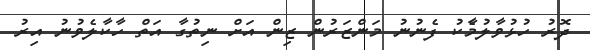
ދޮރު ހުޅުވާލުމާެކު ފެނުނު މަންޒަރުން ޒިން އަށް ނިތުގާ އަތް ހާކާލެވުނު އިރު